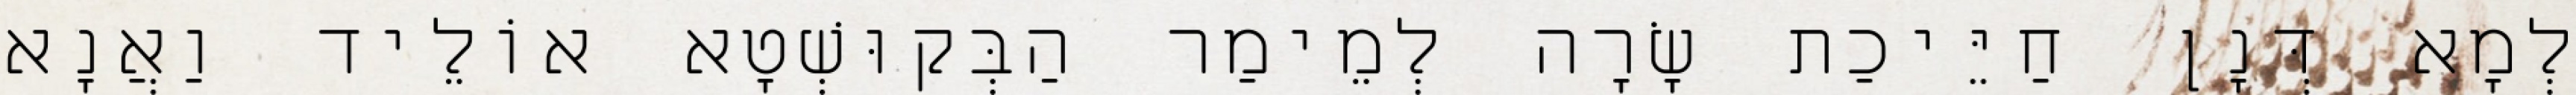
לְמָא דְּנָן חַיֵּיכַת שָׂרָה לְמֵימַר הַבְּקוּשְׁטָא אוֹלֵיד וַאֲנָא